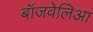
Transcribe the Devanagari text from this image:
बॉजवेलिआ